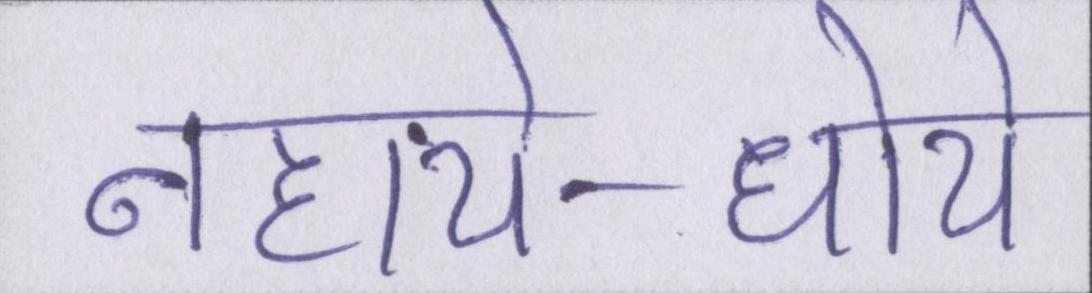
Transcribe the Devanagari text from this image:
नहाये-धोये